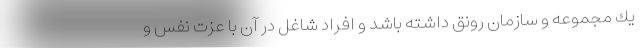
يك مجموعه و سازمان رونق داشته باشد و افراد شاغل در آن با عزت نفس و